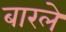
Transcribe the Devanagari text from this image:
बारले